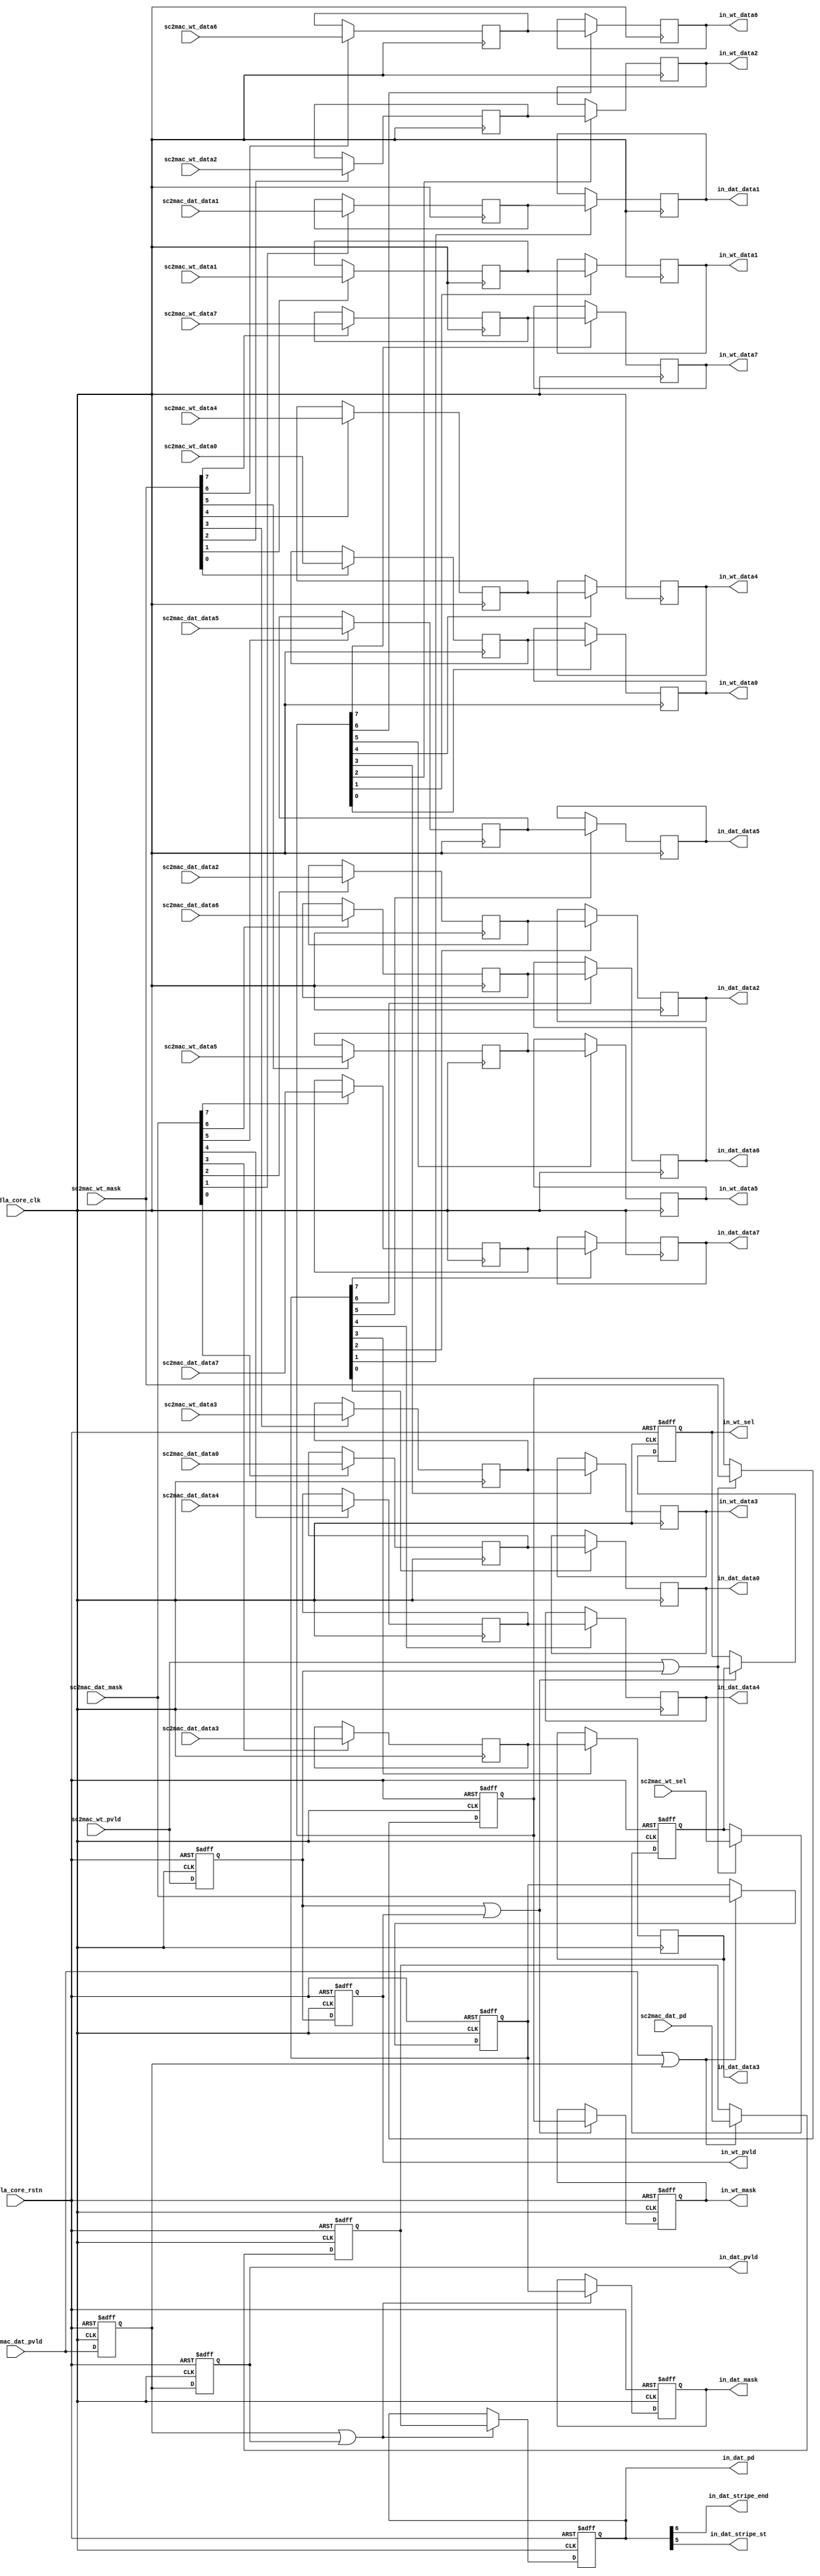
// ================================================================
// NVDLA Open Source Project
//
// Copyright(c) 2016 - 2017 NVIDIA Corporation. Licensed under the
// NVDLA Open Hardware License; Check "LICENSE" which comes with
// this distribution for more information.
// ================================================================
// ================================================================
// NVDLA Open Source Project
// 
// Copyright(c) 2016 - 2017 NVIDIA Corporation.  Licensed under the
// NVDLA Open Hardware License; Check "LICENSE" which comes with 
// this distribution for more information.
// ================================================================
module NV_NVDLA_CMAC_CORE_rt_in (
   nvdla_core_clk
  ,nvdla_core_rstn
//: for(my $i=0; $i<8; $i++){
//: print qq(
//: ,sc2mac_dat_data${i});
//: }
//: for(my $i=0; $i<8; $i++){
//: print qq(
//: ,in_dat_data${i});
//: }
//| eperl: generated_beg (DO NOT EDIT BELOW)

,sc2mac_dat_data0
,sc2mac_dat_data1
,sc2mac_dat_data2
,sc2mac_dat_data3
,sc2mac_dat_data4
,sc2mac_dat_data5
,sc2mac_dat_data6
,sc2mac_dat_data7
,in_dat_data0
,in_dat_data1
,in_dat_data2
,in_dat_data3
,in_dat_data4
,in_dat_data5
,in_dat_data6
,in_dat_data7
//| eperl: generated_end (DO NOT EDIT ABOVE)
  ,sc2mac_dat_mask
  ,sc2mac_dat_pd
  ,sc2mac_dat_pvld
//: for(my $i=0; $i<8; $i++){
//: print qq(
//: ,sc2mac_wt_data${i});
//: }
//: for(my $i=0; $i<8; $i++){
//: print qq(
//: ,in_wt_data${i});
//: }
//| eperl: generated_beg (DO NOT EDIT BELOW)

,sc2mac_wt_data0
,sc2mac_wt_data1
,sc2mac_wt_data2
,sc2mac_wt_data3
,sc2mac_wt_data4
,sc2mac_wt_data5
,sc2mac_wt_data6
,sc2mac_wt_data7
,in_wt_data0
,in_wt_data1
,in_wt_data2
,in_wt_data3
,in_wt_data4
,in_wt_data5
,in_wt_data6
,in_wt_data7
//| eperl: generated_end (DO NOT EDIT ABOVE)
  ,sc2mac_wt_mask
  ,sc2mac_wt_pvld
  ,sc2mac_wt_sel
  ,in_dat_mask
  ,in_dat_pd
  ,in_dat_pvld
  ,in_dat_stripe_end
  ,in_dat_stripe_st
  ,in_wt_mask
  ,in_wt_pvld
  ,in_wt_sel
  );
//: for(my $i=0; $i<8; $i++){
//: print qq(
//: input [8 -1:0] sc2mac_dat_data${i};);
//: }
//: for(my $i=0; $i<8; $i++){
//: print qq(
//: output [8 -1:0] in_dat_data${i};);
//: }
//: for(my $i=0; $i<8; $i++){
//: print qq(
//: input [8 -1:0] sc2mac_wt_data${i};);
//: }
//: for(my $i=0; $i<8; $i++){
//: print qq(
//: output [8 -1:0] in_wt_data${i};);
//: }
//| eperl: generated_beg (DO NOT EDIT BELOW)

input [8 -1:0] sc2mac_dat_data0;
input [8 -1:0] sc2mac_dat_data1;
input [8 -1:0] sc2mac_dat_data2;
input [8 -1:0] sc2mac_dat_data3;
input [8 -1:0] sc2mac_dat_data4;
input [8 -1:0] sc2mac_dat_data5;
input [8 -1:0] sc2mac_dat_data6;
input [8 -1:0] sc2mac_dat_data7;
output [8 -1:0] in_dat_data0;
output [8 -1:0] in_dat_data1;
output [8 -1:0] in_dat_data2;
output [8 -1:0] in_dat_data3;
output [8 -1:0] in_dat_data4;
output [8 -1:0] in_dat_data5;
output [8 -1:0] in_dat_data6;
output [8 -1:0] in_dat_data7;
input [8 -1:0] sc2mac_wt_data0;
input [8 -1:0] sc2mac_wt_data1;
input [8 -1:0] sc2mac_wt_data2;
input [8 -1:0] sc2mac_wt_data3;
input [8 -1:0] sc2mac_wt_data4;
input [8 -1:0] sc2mac_wt_data5;
input [8 -1:0] sc2mac_wt_data6;
input [8 -1:0] sc2mac_wt_data7;
output [8 -1:0] in_wt_data0;
output [8 -1:0] in_wt_data1;
output [8 -1:0] in_wt_data2;
output [8 -1:0] in_wt_data3;
output [8 -1:0] in_wt_data4;
output [8 -1:0] in_wt_data5;
output [8 -1:0] in_wt_data6;
output [8 -1:0] in_wt_data7;
//| eperl: generated_end (DO NOT EDIT ABOVE)
input nvdla_core_clk;
input nvdla_core_rstn;
input [8 -1:0] sc2mac_dat_mask;
input [8:0] sc2mac_dat_pd;
input sc2mac_dat_pvld;
input [8 -1:0] sc2mac_wt_mask;
input sc2mac_wt_pvld;
input [8/2 -1:0] sc2mac_wt_sel;
output [8 -1:0] in_dat_mask;
output [8:0] in_dat_pd;
output in_dat_pvld;
output in_dat_stripe_end;
output in_dat_stripe_st;
output [8 -1:0] in_wt_mask;
output in_wt_pvld;
output [8/2 -1:0] in_wt_sel;
//: for(my $i=0; $i<8; $i++){
//: print qq(
//: wire [8 -1:0] in_dat_data${i};
//: wire [8 -1:0] in_wt_data${i};)
//: }
//| eperl: generated_beg (DO NOT EDIT BELOW)

wire [8 -1:0] in_dat_data0;
wire [8 -1:0] in_wt_data0;
wire [8 -1:0] in_dat_data1;
wire [8 -1:0] in_wt_data1;
wire [8 -1:0] in_dat_data2;
wire [8 -1:0] in_wt_data2;
wire [8 -1:0] in_dat_data3;
wire [8 -1:0] in_wt_data3;
wire [8 -1:0] in_dat_data4;
wire [8 -1:0] in_wt_data4;
wire [8 -1:0] in_dat_data5;
wire [8 -1:0] in_wt_data5;
wire [8 -1:0] in_dat_data6;
wire [8 -1:0] in_wt_data6;
wire [8 -1:0] in_dat_data7;
wire [8 -1:0] in_wt_data7;
//| eperl: generated_end (DO NOT EDIT ABOVE)
wire [8 -1:0] in_dat_mask;
wire [8:0] in_dat_pd;
wire in_dat_pvld;
wire in_dat_stripe_end;
wire in_dat_stripe_st;
wire [8 -1:0] in_wt_mask;
wire in_wt_pvld;
wire [8/2 -1:0] in_wt_sel;
wire in_rt_dat_pvld_d0;
wire [8 -1:0] in_rt_dat_mask_d0;
wire [8:0] in_rt_dat_pd_d0;
wire [8*8 -1:0] in_rt_dat_data_d0;
//: for(my $i=1; $i<2 +1; $i++){
//: print qq(
//: reg in_rt_dat_pvld_d${i};
//: reg [8 -1:0] in_rt_dat_mask_d${i};
//: reg [8:0] in_rt_dat_pd_d${i};
//: reg [8*8 -1:0] in_rt_dat_data_d${i};
//: );
//: }
//| eperl: generated_beg (DO NOT EDIT BELOW)

reg in_rt_dat_pvld_d1;
reg [8 -1:0] in_rt_dat_mask_d1;
reg [8:0] in_rt_dat_pd_d1;
reg [8*8 -1:0] in_rt_dat_data_d1;

reg in_rt_dat_pvld_d2;
reg [8 -1:0] in_rt_dat_mask_d2;
reg [8:0] in_rt_dat_pd_d2;
reg [8*8 -1:0] in_rt_dat_data_d2;

//| eperl: generated_end (DO NOT EDIT ABOVE)
wire [8*8 -1:0] in_rt_wt_data_d0;
wire [8 -1:0] in_rt_wt_mask_d0;
wire in_rt_wt_pvld_d0;
wire [8/2 -1:0] in_rt_wt_sel_d0;
//: for(my $i=1; $i<2 +1; $i++){
//: print qq(
//: reg [8*8 -1:0] in_rt_wt_data_d${i};
//: reg [8 -1:0] in_rt_wt_mask_d${i};
//: reg in_rt_wt_pvld_d${i};
//: reg [8/2 -1:0] in_rt_wt_sel_d${i};
//: )
//: }
//| eperl: generated_beg (DO NOT EDIT BELOW)

reg [8*8 -1:0] in_rt_wt_data_d1;
reg [8 -1:0] in_rt_wt_mask_d1;
reg in_rt_wt_pvld_d1;
reg [8/2 -1:0] in_rt_wt_sel_d1;

reg [8*8 -1:0] in_rt_wt_data_d2;
reg [8 -1:0] in_rt_wt_mask_d2;
reg in_rt_wt_pvld_d2;
reg [8/2 -1:0] in_rt_wt_sel_d2;

//| eperl: generated_end (DO NOT EDIT ABOVE)
assign in_rt_dat_pvld_d0 = sc2mac_dat_pvld;
assign in_rt_dat_mask_d0 = sc2mac_dat_mask;
assign in_rt_dat_pd_d0 = sc2mac_dat_pd;
assign in_rt_wt_pvld_d0 = sc2mac_wt_pvld;
assign in_rt_wt_mask_d0 = sc2mac_wt_mask;
assign in_rt_wt_sel_d0 = sc2mac_wt_sel;
//: my $kk=8;
//: for(my $k = 0; $k <8; $k ++) {
//: print "wire [$kk-1:0]  in_rt_dat_data${k}_d0 = sc2mac_dat_data${k}; \n";
//: }
//: for(my $k = 0; $k <8; $k ++) {
//: print "wire [$kk-1:0]  in_rt_wt_data${k}_d0 = sc2mac_wt_data${k}; \n";
//: }
//| eperl: generated_beg (DO NOT EDIT BELOW)
wire [8-1:0]  in_rt_dat_data0_d0 = sc2mac_dat_data0; 
wire [8-1:0]  in_rt_dat_data1_d0 = sc2mac_dat_data1; 
wire [8-1:0]  in_rt_dat_data2_d0 = sc2mac_dat_data2; 
wire [8-1:0]  in_rt_dat_data3_d0 = sc2mac_dat_data3; 
wire [8-1:0]  in_rt_dat_data4_d0 = sc2mac_dat_data4; 
wire [8-1:0]  in_rt_dat_data5_d0 = sc2mac_dat_data5; 
wire [8-1:0]  in_rt_dat_data6_d0 = sc2mac_dat_data6; 
wire [8-1:0]  in_rt_dat_data7_d0 = sc2mac_dat_data7; 
wire [8-1:0]  in_rt_wt_data0_d0 = sc2mac_wt_data0; 
wire [8-1:0]  in_rt_wt_data1_d0 = sc2mac_wt_data1; 
wire [8-1:0]  in_rt_wt_data2_d0 = sc2mac_wt_data2; 
wire [8-1:0]  in_rt_wt_data3_d0 = sc2mac_wt_data3; 
wire [8-1:0]  in_rt_wt_data4_d0 = sc2mac_wt_data4; 
wire [8-1:0]  in_rt_wt_data5_d0 = sc2mac_wt_data5; 
wire [8-1:0]  in_rt_wt_data6_d0 = sc2mac_wt_data6; 
wire [8-1:0]  in_rt_wt_data7_d0 = sc2mac_wt_data7; 

//| eperl: generated_end (DO NOT EDIT ABOVE)
//==========================================================
// Retiming flops,add latency.
//==========================================================
//: my $latency = 2;
//: my $bpe=8;
//: for(my $i = 0; $i < $latency; $i ++) {
//: my $j = $i + 1;
//: &eperl::flop("-nodeclare -q  in_rt_dat_pvld_d${j}  -d \"in_rt_dat_pvld_d${i}\" -clk nvdla_core_clk -rst nvdla_core_rstn ");
//: &eperl::flop("-nodeclare -q  in_rt_dat_mask_d${j}  -en \"in_rt_dat_pvld_d${i} | in_rt_dat_pvld_d${j}\" -d  \"in_rt_dat_mask_d${i}\" -clk nvdla_core_clk -rst nvdla_core_rstn ");
//: &eperl::flop("-nodeclare -q  in_rt_dat_pd_d${j}    -en \"in_rt_dat_pvld_d${i} | in_rt_dat_pvld_d${j}\" -d  \"in_rt_dat_pd_d${i}\" -clk nvdla_core_clk -rst nvdla_core_rstn ");
//: for(my $k = 0; $k <8; $k ++) {
//: &eperl::flop("-norst -wid $bpe -q  in_rt_dat_data${k}_d${j}  -en \"in_rt_dat_mask_d${i}[${k}]\" -d  \"in_rt_dat_data${k}_d${i}\" -clk nvdla_core_clk");
//: }
//:
//: &eperl::flop("-nodeclare -q  in_rt_wt_pvld_d${j}  -d \"in_rt_wt_pvld_d${i}\" -clk nvdla_core_clk -rst nvdla_core_rstn ");
//: &eperl::flop("-nodeclare -q  in_rt_wt_mask_d${j}  -en \"in_rt_wt_pvld_d${i} | in_rt_wt_pvld_d${j}\" -d  \"in_rt_wt_mask_d${i}\" -clk nvdla_core_clk -rst nvdla_core_rstn ");
//: &eperl::flop("-nodeclare -q  in_rt_wt_sel_d${j} -en \"in_rt_wt_pvld_d${i} | in_rt_wt_pvld_d${j}\" -d  \"in_rt_wt_sel_d${i}\" -clk nvdla_core_clk -rst nvdla_core_rstn ");
//:
//: my $bpe = 8;
//: for(my $k = 0; $k <8; $k ++) {
//: &eperl::flop("-norst -wid $bpe -q  in_rt_wt_data${k}_d${j}  -en \"in_rt_wt_mask_d${i}[${k}]\" -d  \"in_rt_wt_data${k}_d${i}\" -clk nvdla_core_clk");
//: }
//: }
//:
//: my $i = $latency;
//: print "assign    in_dat_pvld = in_rt_dat_pvld_d${i};\n";
//: print "assign    in_dat_mask = in_rt_dat_mask_d${i};\n";
//: print "assign    in_dat_pd   = in_rt_dat_pd_d${i};\n";
//: print "assign    in_wt_pvld = in_rt_wt_pvld_d${i};\n";
//: print "assign    in_wt_mask = in_rt_wt_mask_d${i};\n";
//: print "assign    in_wt_sel = in_rt_wt_sel_d${i};\n";
//:
//: my $k=$latency;
//: for(my $i=0; $i<8; $i++){
//: print qq(
//: assign in_dat_data${i} = in_rt_dat_data${i}_d${k}; )
//: }
//: for(my $i=0; $i<8; $i++){
//: print qq(
//: assign in_wt_data${i} = in_rt_wt_data${i}_d${k};)
//: }
//: my $i= 5;
//: my $j= 6;
//: print qq(
//: assign in_dat_stripe_st = in_dat_pd[${i}];
//: assign in_dat_stripe_end = in_dat_pd[${j}]; );
//| eperl: generated_beg (DO NOT EDIT BELOW)
always @(posedge nvdla_core_clk or negedge nvdla_core_rstn) begin
   if (!nvdla_core_rstn) begin
       in_rt_dat_pvld_d1 <= 'b0;
   end else begin
       in_rt_dat_pvld_d1 <= in_rt_dat_pvld_d0;
   end
end
always @(posedge nvdla_core_clk or negedge nvdla_core_rstn) begin
   if (!nvdla_core_rstn) begin
       in_rt_dat_mask_d1 <= 'b0;
   end else begin
       if ((in_rt_dat_pvld_d0 | in_rt_dat_pvld_d1) == 1'b1) begin
           in_rt_dat_mask_d1 <= in_rt_dat_mask_d0;
       // VCS coverage off
       end else if ((in_rt_dat_pvld_d0 | in_rt_dat_pvld_d1) == 1'b0) begin
       end else begin
           in_rt_dat_mask_d1 <= 'bx;
       // VCS coverage on
       end
   end
end
always @(posedge nvdla_core_clk or negedge nvdla_core_rstn) begin
   if (!nvdla_core_rstn) begin
       in_rt_dat_pd_d1 <= 'b0;
   end else begin
       if ((in_rt_dat_pvld_d0 | in_rt_dat_pvld_d1) == 1'b1) begin
           in_rt_dat_pd_d1 <= in_rt_dat_pd_d0;
       // VCS coverage off
       end else if ((in_rt_dat_pvld_d0 | in_rt_dat_pvld_d1) == 1'b0) begin
       end else begin
           in_rt_dat_pd_d1 <= 'bx;
       // VCS coverage on
       end
   end
end
reg [7:0] in_rt_dat_data0_d1;
always @(posedge nvdla_core_clk) begin
       if ((in_rt_dat_mask_d0[0]) == 1'b1) begin
           in_rt_dat_data0_d1 <= in_rt_dat_data0_d0;
       // VCS coverage off
       end else if ((in_rt_dat_mask_d0[0]) == 1'b0) begin
       end else begin
           in_rt_dat_data0_d1 <= 'bx;
       // VCS coverage on
       end
end
reg [7:0] in_rt_dat_data1_d1;
always @(posedge nvdla_core_clk) begin
       if ((in_rt_dat_mask_d0[1]) == 1'b1) begin
           in_rt_dat_data1_d1 <= in_rt_dat_data1_d0;
       // VCS coverage off
       end else if ((in_rt_dat_mask_d0[1]) == 1'b0) begin
       end else begin
           in_rt_dat_data1_d1 <= 'bx;
       // VCS coverage on
       end
end
reg [7:0] in_rt_dat_data2_d1;
always @(posedge nvdla_core_clk) begin
       if ((in_rt_dat_mask_d0[2]) == 1'b1) begin
           in_rt_dat_data2_d1 <= in_rt_dat_data2_d0;
       // VCS coverage off
       end else if ((in_rt_dat_mask_d0[2]) == 1'b0) begin
       end else begin
           in_rt_dat_data2_d1 <= 'bx;
       // VCS coverage on
       end
end
reg [7:0] in_rt_dat_data3_d1;
always @(posedge nvdla_core_clk) begin
       if ((in_rt_dat_mask_d0[3]) == 1'b1) begin
           in_rt_dat_data3_d1 <= in_rt_dat_data3_d0;
       // VCS coverage off
       end else if ((in_rt_dat_mask_d0[3]) == 1'b0) begin
       end else begin
           in_rt_dat_data3_d1 <= 'bx;
       // VCS coverage on
       end
end
reg [7:0] in_rt_dat_data4_d1;
always @(posedge nvdla_core_clk) begin
       if ((in_rt_dat_mask_d0[4]) == 1'b1) begin
           in_rt_dat_data4_d1 <= in_rt_dat_data4_d0;
       // VCS coverage off
       end else if ((in_rt_dat_mask_d0[4]) == 1'b0) begin
       end else begin
           in_rt_dat_data4_d1 <= 'bx;
       // VCS coverage on
       end
end
reg [7:0] in_rt_dat_data5_d1;
always @(posedge nvdla_core_clk) begin
       if ((in_rt_dat_mask_d0[5]) == 1'b1) begin
           in_rt_dat_data5_d1 <= in_rt_dat_data5_d0;
       // VCS coverage off
       end else if ((in_rt_dat_mask_d0[5]) == 1'b0) begin
       end else begin
           in_rt_dat_data5_d1 <= 'bx;
       // VCS coverage on
       end
end
reg [7:0] in_rt_dat_data6_d1;
always @(posedge nvdla_core_clk) begin
       if ((in_rt_dat_mask_d0[6]) == 1'b1) begin
           in_rt_dat_data6_d1 <= in_rt_dat_data6_d0;
       // VCS coverage off
       end else if ((in_rt_dat_mask_d0[6]) == 1'b0) begin
       end else begin
           in_rt_dat_data6_d1 <= 'bx;
       // VCS coverage on
       end
end
reg [7:0] in_rt_dat_data7_d1;
always @(posedge nvdla_core_clk) begin
       if ((in_rt_dat_mask_d0[7]) == 1'b1) begin
           in_rt_dat_data7_d1 <= in_rt_dat_data7_d0;
       // VCS coverage off
       end else if ((in_rt_dat_mask_d0[7]) == 1'b0) begin
       end else begin
           in_rt_dat_data7_d1 <= 'bx;
       // VCS coverage on
       end
end
always @(posedge nvdla_core_clk or negedge nvdla_core_rstn) begin
   if (!nvdla_core_rstn) begin
       in_rt_wt_pvld_d1 <= 'b0;
   end else begin
       in_rt_wt_pvld_d1 <= in_rt_wt_pvld_d0;
   end
end
always @(posedge nvdla_core_clk or negedge nvdla_core_rstn) begin
   if (!nvdla_core_rstn) begin
       in_rt_wt_mask_d1 <= 'b0;
   end else begin
       if ((in_rt_wt_pvld_d0 | in_rt_wt_pvld_d1) == 1'b1) begin
           in_rt_wt_mask_d1 <= in_rt_wt_mask_d0;
       // VCS coverage off
       end else if ((in_rt_wt_pvld_d0 | in_rt_wt_pvld_d1) == 1'b0) begin
       end else begin
           in_rt_wt_mask_d1 <= 'bx;
       // VCS coverage on
       end
   end
end
always @(posedge nvdla_core_clk or negedge nvdla_core_rstn) begin
   if (!nvdla_core_rstn) begin
       in_rt_wt_sel_d1 <= 'b0;
   end else begin
       if ((in_rt_wt_pvld_d0 | in_rt_wt_pvld_d1) == 1'b1) begin
           in_rt_wt_sel_d1 <= in_rt_wt_sel_d0;
       // VCS coverage off
       end else if ((in_rt_wt_pvld_d0 | in_rt_wt_pvld_d1) == 1'b0) begin
       end else begin
           in_rt_wt_sel_d1 <= 'bx;
       // VCS coverage on
       end
   end
end
reg [7:0] in_rt_wt_data0_d1;
always @(posedge nvdla_core_clk) begin
       if ((in_rt_wt_mask_d0[0]) == 1'b1) begin
           in_rt_wt_data0_d1 <= in_rt_wt_data0_d0;
       // VCS coverage off
       end else if ((in_rt_wt_mask_d0[0]) == 1'b0) begin
       end else begin
           in_rt_wt_data0_d1 <= 'bx;
       // VCS coverage on
       end
end
reg [7:0] in_rt_wt_data1_d1;
always @(posedge nvdla_core_clk) begin
       if ((in_rt_wt_mask_d0[1]) == 1'b1) begin
           in_rt_wt_data1_d1 <= in_rt_wt_data1_d0;
       // VCS coverage off
       end else if ((in_rt_wt_mask_d0[1]) == 1'b0) begin
       end else begin
           in_rt_wt_data1_d1 <= 'bx;
       // VCS coverage on
       end
end
reg [7:0] in_rt_wt_data2_d1;
always @(posedge nvdla_core_clk) begin
       if ((in_rt_wt_mask_d0[2]) == 1'b1) begin
           in_rt_wt_data2_d1 <= in_rt_wt_data2_d0;
       // VCS coverage off
       end else if ((in_rt_wt_mask_d0[2]) == 1'b0) begin
       end else begin
           in_rt_wt_data2_d1 <= 'bx;
       // VCS coverage on
       end
end
reg [7:0] in_rt_wt_data3_d1;
always @(posedge nvdla_core_clk) begin
       if ((in_rt_wt_mask_d0[3]) == 1'b1) begin
           in_rt_wt_data3_d1 <= in_rt_wt_data3_d0;
       // VCS coverage off
       end else if ((in_rt_wt_mask_d0[3]) == 1'b0) begin
       end else begin
           in_rt_wt_data3_d1 <= 'bx;
       // VCS coverage on
       end
end
reg [7:0] in_rt_wt_data4_d1;
always @(posedge nvdla_core_clk) begin
       if ((in_rt_wt_mask_d0[4]) == 1'b1) begin
           in_rt_wt_data4_d1 <= in_rt_wt_data4_d0;
       // VCS coverage off
       end else if ((in_rt_wt_mask_d0[4]) == 1'b0) begin
       end else begin
           in_rt_wt_data4_d1 <= 'bx;
       // VCS coverage on
       end
end
reg [7:0] in_rt_wt_data5_d1;
always @(posedge nvdla_core_clk) begin
       if ((in_rt_wt_mask_d0[5]) == 1'b1) begin
           in_rt_wt_data5_d1 <= in_rt_wt_data5_d0;
       // VCS coverage off
       end else if ((in_rt_wt_mask_d0[5]) == 1'b0) begin
       end else begin
           in_rt_wt_data5_d1 <= 'bx;
       // VCS coverage on
       end
end
reg [7:0] in_rt_wt_data6_d1;
always @(posedge nvdla_core_clk) begin
       if ((in_rt_wt_mask_d0[6]) == 1'b1) begin
           in_rt_wt_data6_d1 <= in_rt_wt_data6_d0;
       // VCS coverage off
       end else if ((in_rt_wt_mask_d0[6]) == 1'b0) begin
       end else begin
           in_rt_wt_data6_d1 <= 'bx;
       // VCS coverage on
       end
end
reg [7:0] in_rt_wt_data7_d1;
always @(posedge nvdla_core_clk) begin
       if ((in_rt_wt_mask_d0[7]) == 1'b1) begin
           in_rt_wt_data7_d1 <= in_rt_wt_data7_d0;
       // VCS coverage off
       end else if ((in_rt_wt_mask_d0[7]) == 1'b0) begin
       end else begin
           in_rt_wt_data7_d1 <= 'bx;
       // VCS coverage on
       end
end
always @(posedge nvdla_core_clk or negedge nvdla_core_rstn) begin
   if (!nvdla_core_rstn) begin
       in_rt_dat_pvld_d2 <= 'b0;
   end else begin
       in_rt_dat_pvld_d2 <= in_rt_dat_pvld_d1;
   end
end
always @(posedge nvdla_core_clk or negedge nvdla_core_rstn) begin
   if (!nvdla_core_rstn) begin
       in_rt_dat_mask_d2 <= 'b0;
   end else begin
       if ((in_rt_dat_pvld_d1 | in_rt_dat_pvld_d2) == 1'b1) begin
           in_rt_dat_mask_d2 <= in_rt_dat_mask_d1;
       // VCS coverage off
       end else if ((in_rt_dat_pvld_d1 | in_rt_dat_pvld_d2) == 1'b0) begin
       end else begin
           in_rt_dat_mask_d2 <= 'bx;
       // VCS coverage on
       end
   end
end
always @(posedge nvdla_core_clk or negedge nvdla_core_rstn) begin
   if (!nvdla_core_rstn) begin
       in_rt_dat_pd_d2 <= 'b0;
   end else begin
       if ((in_rt_dat_pvld_d1 | in_rt_dat_pvld_d2) == 1'b1) begin
           in_rt_dat_pd_d2 <= in_rt_dat_pd_d1;
       // VCS coverage off
       end else if ((in_rt_dat_pvld_d1 | in_rt_dat_pvld_d2) == 1'b0) begin
       end else begin
           in_rt_dat_pd_d2 <= 'bx;
       // VCS coverage on
       end
   end
end
reg [7:0] in_rt_dat_data0_d2;
always @(posedge nvdla_core_clk) begin
       if ((in_rt_dat_mask_d1[0]) == 1'b1) begin
           in_rt_dat_data0_d2 <= in_rt_dat_data0_d1;
       // VCS coverage off
       end else if ((in_rt_dat_mask_d1[0]) == 1'b0) begin
       end else begin
           in_rt_dat_data0_d2 <= 'bx;
       // VCS coverage on
       end
end
reg [7:0] in_rt_dat_data1_d2;
always @(posedge nvdla_core_clk) begin
       if ((in_rt_dat_mask_d1[1]) == 1'b1) begin
           in_rt_dat_data1_d2 <= in_rt_dat_data1_d1;
       // VCS coverage off
       end else if ((in_rt_dat_mask_d1[1]) == 1'b0) begin
       end else begin
           in_rt_dat_data1_d2 <= 'bx;
       // VCS coverage on
       end
end
reg [7:0] in_rt_dat_data2_d2;
always @(posedge nvdla_core_clk) begin
       if ((in_rt_dat_mask_d1[2]) == 1'b1) begin
           in_rt_dat_data2_d2 <= in_rt_dat_data2_d1;
       // VCS coverage off
       end else if ((in_rt_dat_mask_d1[2]) == 1'b0) begin
       end else begin
           in_rt_dat_data2_d2 <= 'bx;
       // VCS coverage on
       end
end
reg [7:0] in_rt_dat_data3_d2;
always @(posedge nvdla_core_clk) begin
       if ((in_rt_dat_mask_d1[3]) == 1'b1) begin
           in_rt_dat_data3_d2 <= in_rt_dat_data3_d1;
       // VCS coverage off
       end else if ((in_rt_dat_mask_d1[3]) == 1'b0) begin
       end else begin
           in_rt_dat_data3_d2 <= 'bx;
       // VCS coverage on
       end
end
reg [7:0] in_rt_dat_data4_d2;
always @(posedge nvdla_core_clk) begin
       if ((in_rt_dat_mask_d1[4]) == 1'b1) begin
           in_rt_dat_data4_d2 <= in_rt_dat_data4_d1;
       // VCS coverage off
       end else if ((in_rt_dat_mask_d1[4]) == 1'b0) begin
       end else begin
           in_rt_dat_data4_d2 <= 'bx;
       // VCS coverage on
       end
end
reg [7:0] in_rt_dat_data5_d2;
always @(posedge nvdla_core_clk) begin
       if ((in_rt_dat_mask_d1[5]) == 1'b1) begin
           in_rt_dat_data5_d2 <= in_rt_dat_data5_d1;
       // VCS coverage off
       end else if ((in_rt_dat_mask_d1[5]) == 1'b0) begin
       end else begin
           in_rt_dat_data5_d2 <= 'bx;
       // VCS coverage on
       end
end
reg [7:0] in_rt_dat_data6_d2;
always @(posedge nvdla_core_clk) begin
       if ((in_rt_dat_mask_d1[6]) == 1'b1) begin
           in_rt_dat_data6_d2 <= in_rt_dat_data6_d1;
       // VCS coverage off
       end else if ((in_rt_dat_mask_d1[6]) == 1'b0) begin
       end else begin
           in_rt_dat_data6_d2 <= 'bx;
       // VCS coverage on
       end
end
reg [7:0] in_rt_dat_data7_d2;
always @(posedge nvdla_core_clk) begin
       if ((in_rt_dat_mask_d1[7]) == 1'b1) begin
           in_rt_dat_data7_d2 <= in_rt_dat_data7_d1;
       // VCS coverage off
       end else if ((in_rt_dat_mask_d1[7]) == 1'b0) begin
       end else begin
           in_rt_dat_data7_d2 <= 'bx;
       // VCS coverage on
       end
end
always @(posedge nvdla_core_clk or negedge nvdla_core_rstn) begin
   if (!nvdla_core_rstn) begin
       in_rt_wt_pvld_d2 <= 'b0;
   end else begin
       in_rt_wt_pvld_d2 <= in_rt_wt_pvld_d1;
   end
end
always @(posedge nvdla_core_clk or negedge nvdla_core_rstn) begin
   if (!nvdla_core_rstn) begin
       in_rt_wt_mask_d2 <= 'b0;
   end else begin
       if ((in_rt_wt_pvld_d1 | in_rt_wt_pvld_d2) == 1'b1) begin
           in_rt_wt_mask_d2 <= in_rt_wt_mask_d1;
       // VCS coverage off
       end else if ((in_rt_wt_pvld_d1 | in_rt_wt_pvld_d2) == 1'b0) begin
       end else begin
           in_rt_wt_mask_d2 <= 'bx;
       // VCS coverage on
       end
   end
end
always @(posedge nvdla_core_clk or negedge nvdla_core_rstn) begin
   if (!nvdla_core_rstn) begin
       in_rt_wt_sel_d2 <= 'b0;
   end else begin
       if ((in_rt_wt_pvld_d1 | in_rt_wt_pvld_d2) == 1'b1) begin
           in_rt_wt_sel_d2 <= in_rt_wt_sel_d1;
       // VCS coverage off
       end else if ((in_rt_wt_pvld_d1 | in_rt_wt_pvld_d2) == 1'b0) begin
       end else begin
           in_rt_wt_sel_d2 <= 'bx;
       // VCS coverage on
       end
   end
end
reg [7:0] in_rt_wt_data0_d2;
always @(posedge nvdla_core_clk) begin
       if ((in_rt_wt_mask_d1[0]) == 1'b1) begin
           in_rt_wt_data0_d2 <= in_rt_wt_data0_d1;
       // VCS coverage off
       end else if ((in_rt_wt_mask_d1[0]) == 1'b0) begin
       end else begin
           in_rt_wt_data0_d2 <= 'bx;
       // VCS coverage on
       end
end
reg [7:0] in_rt_wt_data1_d2;
always @(posedge nvdla_core_clk) begin
       if ((in_rt_wt_mask_d1[1]) == 1'b1) begin
           in_rt_wt_data1_d2 <= in_rt_wt_data1_d1;
       // VCS coverage off
       end else if ((in_rt_wt_mask_d1[1]) == 1'b0) begin
       end else begin
           in_rt_wt_data1_d2 <= 'bx;
       // VCS coverage on
       end
end
reg [7:0] in_rt_wt_data2_d2;
always @(posedge nvdla_core_clk) begin
       if ((in_rt_wt_mask_d1[2]) == 1'b1) begin
           in_rt_wt_data2_d2 <= in_rt_wt_data2_d1;
       // VCS coverage off
       end else if ((in_rt_wt_mask_d1[2]) == 1'b0) begin
       end else begin
           in_rt_wt_data2_d2 <= 'bx;
       // VCS coverage on
       end
end
reg [7:0] in_rt_wt_data3_d2;
always @(posedge nvdla_core_clk) begin
       if ((in_rt_wt_mask_d1[3]) == 1'b1) begin
           in_rt_wt_data3_d2 <= in_rt_wt_data3_d1;
       // VCS coverage off
       end else if ((in_rt_wt_mask_d1[3]) == 1'b0) begin
       end else begin
           in_rt_wt_data3_d2 <= 'bx;
       // VCS coverage on
       end
end
reg [7:0] in_rt_wt_data4_d2;
always @(posedge nvdla_core_clk) begin
       if ((in_rt_wt_mask_d1[4]) == 1'b1) begin
           in_rt_wt_data4_d2 <= in_rt_wt_data4_d1;
       // VCS coverage off
       end else if ((in_rt_wt_mask_d1[4]) == 1'b0) begin
       end else begin
           in_rt_wt_data4_d2 <= 'bx;
       // VCS coverage on
       end
end
reg [7:0] in_rt_wt_data5_d2;
always @(posedge nvdla_core_clk) begin
       if ((in_rt_wt_mask_d1[5]) == 1'b1) begin
           in_rt_wt_data5_d2 <= in_rt_wt_data5_d1;
       // VCS coverage off
       end else if ((in_rt_wt_mask_d1[5]) == 1'b0) begin
       end else begin
           in_rt_wt_data5_d2 <= 'bx;
       // VCS coverage on
       end
end
reg [7:0] in_rt_wt_data6_d2;
always @(posedge nvdla_core_clk) begin
       if ((in_rt_wt_mask_d1[6]) == 1'b1) begin
           in_rt_wt_data6_d2 <= in_rt_wt_data6_d1;
       // VCS coverage off
       end else if ((in_rt_wt_mask_d1[6]) == 1'b0) begin
       end else begin
           in_rt_wt_data6_d2 <= 'bx;
       // VCS coverage on
       end
end
reg [7:0] in_rt_wt_data7_d2;
always @(posedge nvdla_core_clk) begin
       if ((in_rt_wt_mask_d1[7]) == 1'b1) begin
           in_rt_wt_data7_d2 <= in_rt_wt_data7_d1;
       // VCS coverage off
       end else if ((in_rt_wt_mask_d1[7]) == 1'b0) begin
       end else begin
           in_rt_wt_data7_d2 <= 'bx;
       // VCS coverage on
       end
end
assign    in_dat_pvld = in_rt_dat_pvld_d2;
assign    in_dat_mask = in_rt_dat_mask_d2;
assign    in_dat_pd   = in_rt_dat_pd_d2;
assign    in_wt_pvld = in_rt_wt_pvld_d2;
assign    in_wt_mask = in_rt_wt_mask_d2;
assign    in_wt_sel = in_rt_wt_sel_d2;

assign in_dat_data0 = in_rt_dat_data0_d2; 
assign in_dat_data1 = in_rt_dat_data1_d2; 
assign in_dat_data2 = in_rt_dat_data2_d2; 
assign in_dat_data3 = in_rt_dat_data3_d2; 
assign in_dat_data4 = in_rt_dat_data4_d2; 
assign in_dat_data5 = in_rt_dat_data5_d2; 
assign in_dat_data6 = in_rt_dat_data6_d2; 
assign in_dat_data7 = in_rt_dat_data7_d2; 
assign in_wt_data0 = in_rt_wt_data0_d2;
assign in_wt_data1 = in_rt_wt_data1_d2;
assign in_wt_data2 = in_rt_wt_data2_d2;
assign in_wt_data3 = in_rt_wt_data3_d2;
assign in_wt_data4 = in_rt_wt_data4_d2;
assign in_wt_data5 = in_rt_wt_data5_d2;
assign in_wt_data6 = in_rt_wt_data6_d2;
assign in_wt_data7 = in_rt_wt_data7_d2;
assign in_dat_stripe_st = in_dat_pd[5];
assign in_dat_stripe_end = in_dat_pd[6]; 
//| eperl: generated_end (DO NOT EDIT ABOVE)
endmodule